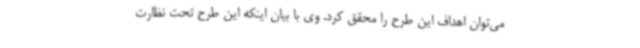
می‌توان اهداف این طرح را محقق کرد. وی با بیان اینکه این طرح تحت نظارت